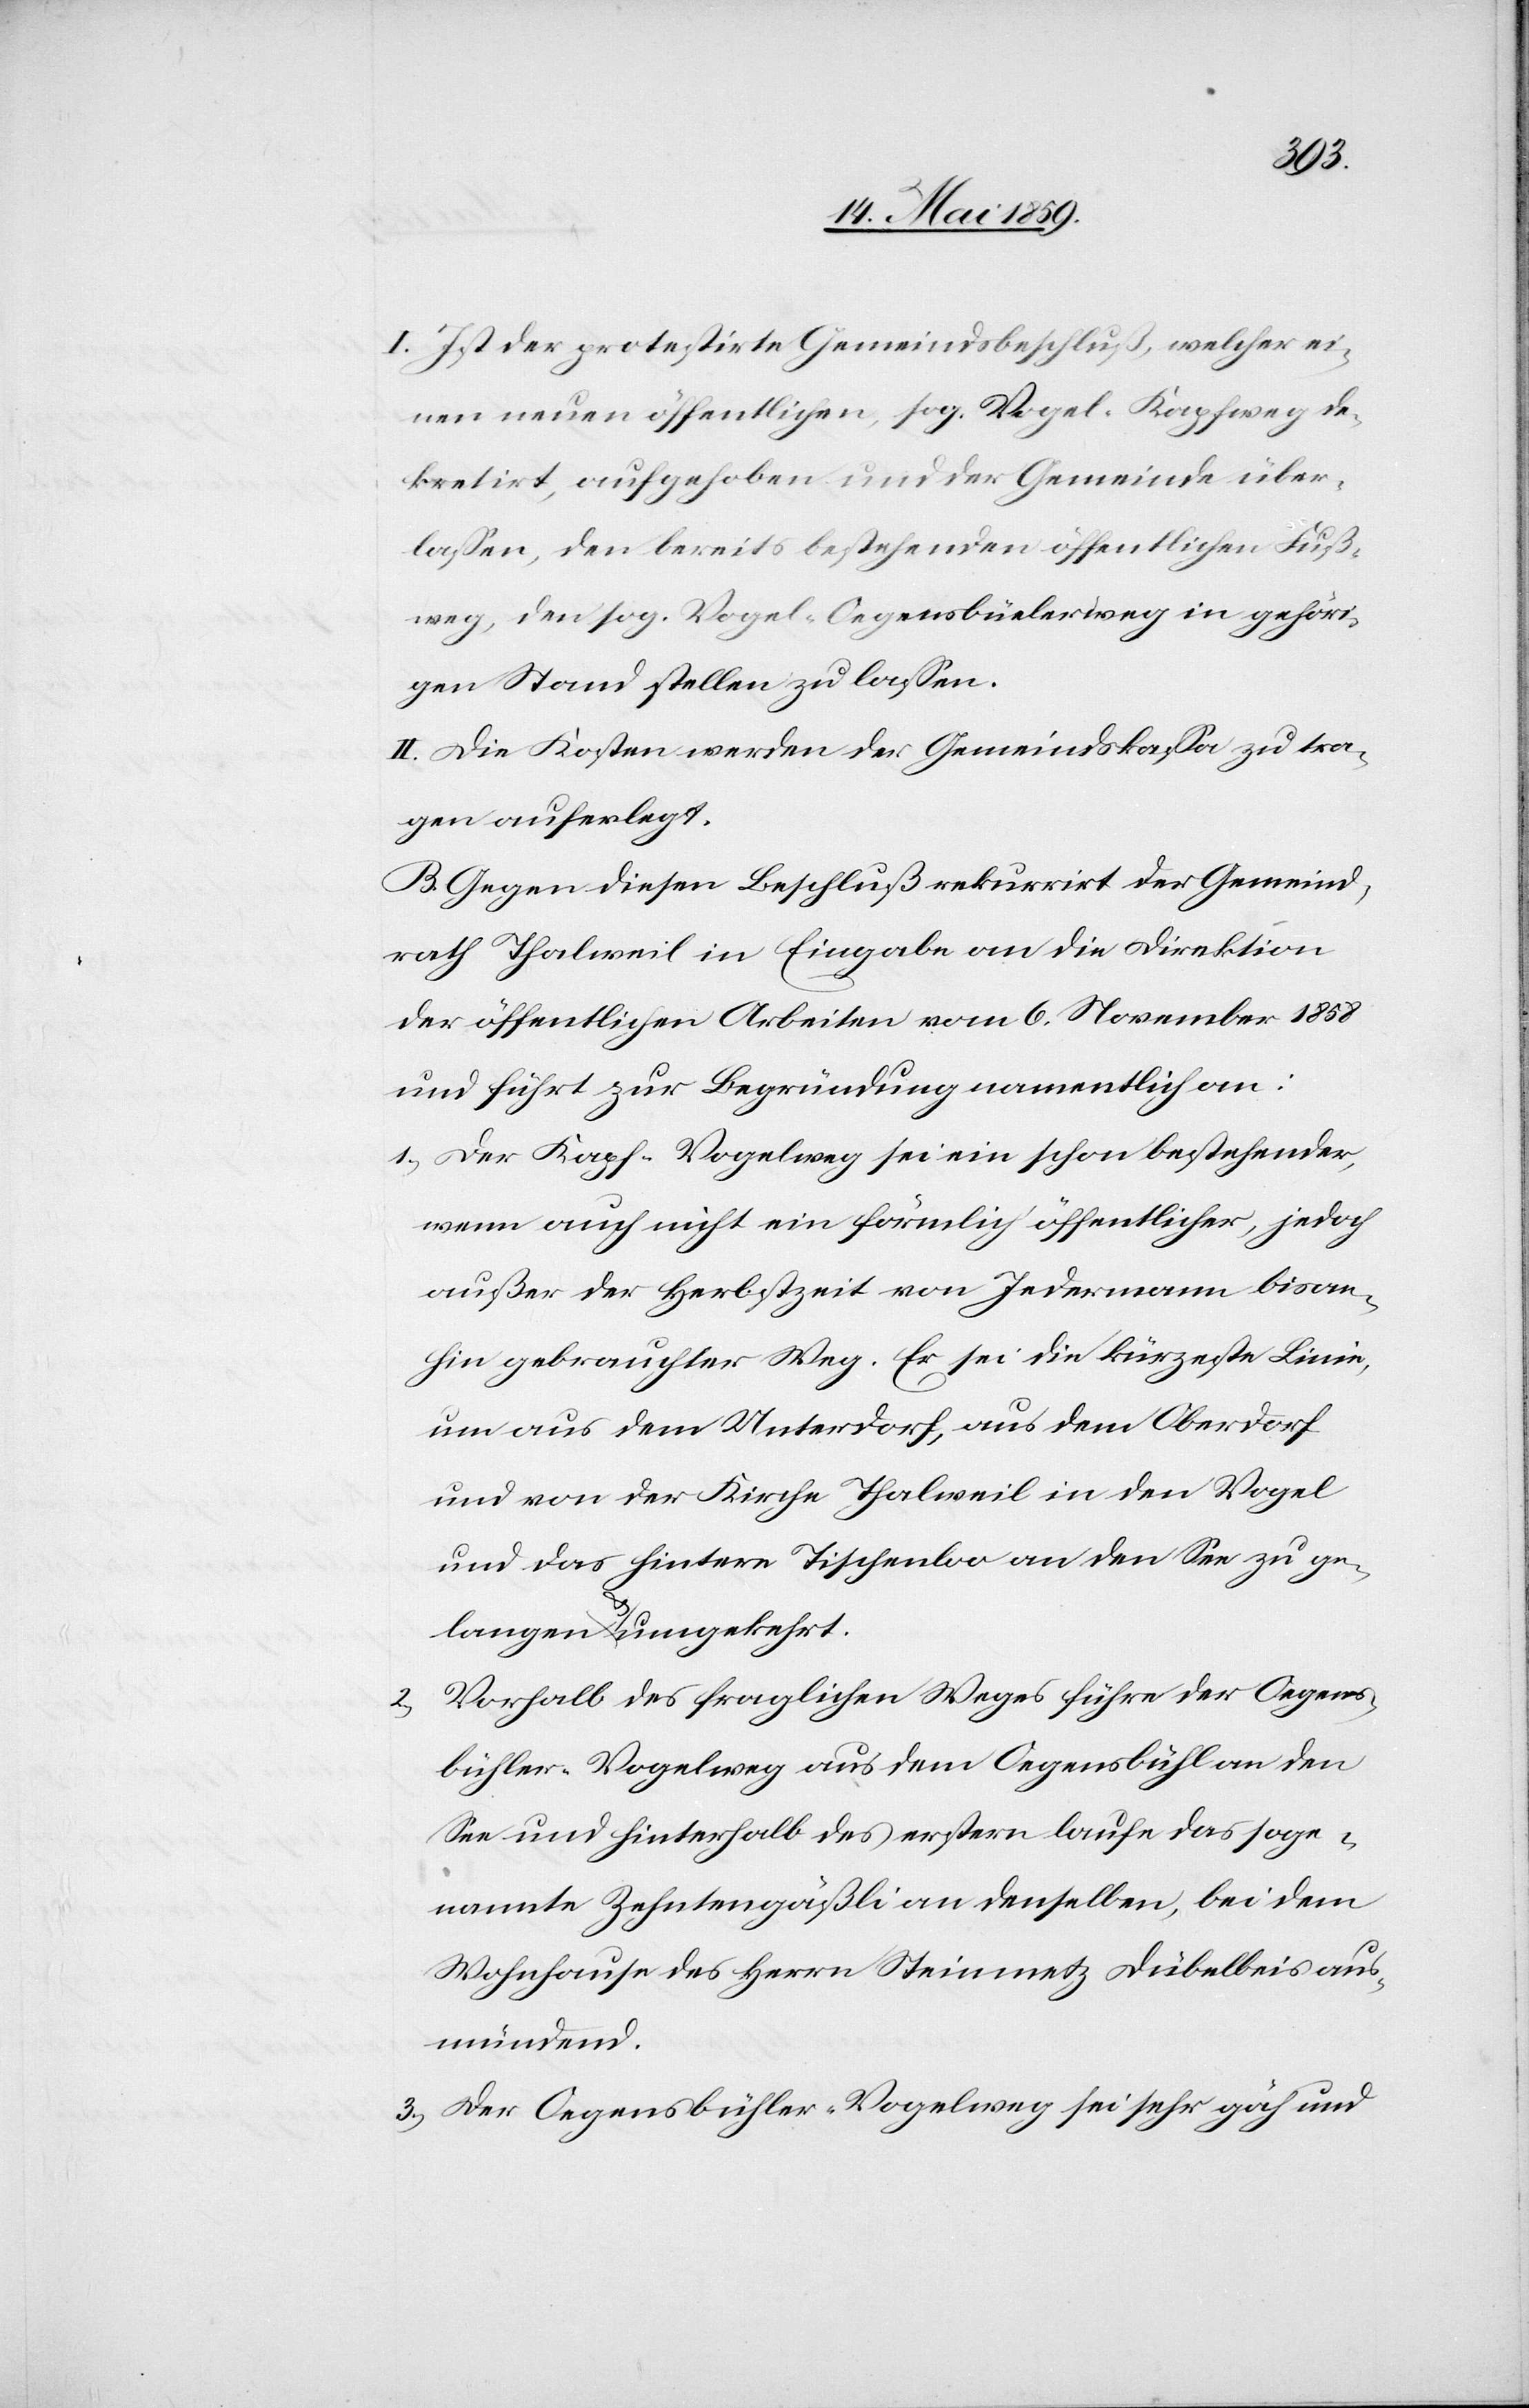
I. Ist der protestirte Gemeindsbeschluß, welcher ei¬
nen neuen öffentlichen, sog. Vogel-Kapfweg de¬
kretirt, aufgehoben und der Gemeinde über¬
laßen, den bereits bestehenden öffentlichen Fuß¬
weg, den sog. Vogel-Oegensbüelerweg [sic!] in gehöri¬
gen Stand stellen zu laßen.
II. Die Kosten werden der Gemeindskaßa zu tra¬
gen auferlegt.
B. Gegen diesen Beschluß rekurrirt der Gemeind¬
rath Thalweil in Eingabe an die Direktion
der öffentlichen Arbeiten vom 6. November 1858
und führt zur Begründung namentlich an:
1) Der Kapf-Vogelweg sei ein schon bestehender,
wenn auch nicht ein förmlich öffentlicher, jedoch
außer der Herbstzeit von Jedermann bisan¬
hin gebrauchter Weg. Er sei die kürzeste Linie,
um aus dem Unterdorf, aus dem Oberdorf
und von der Kirche Thalweil in den Vogel
und das hintere Tischenloo an den See zu ge¬
langen & umgekehrt.
Vorhalb des fraglichen Weges führe der Oegens¬
bühler-Vogelweg aus dem Oegensbühl an den
See und hinterhalb des erstern laufe das soge¬
nannte Zehntengäßli an denselben, bei dem
Wohnhause des Herrn Steinmetz Dübelbeis aus¬
mündend.
3) Der Oegensbühler-Vogelweg sei sehr gäh und